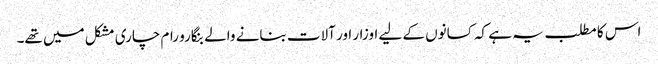
اس کا مطلب یہ ہے کہ کسانوں کے لیے اوزار اور آلات بنانے والے بنگارو رام چاری مشکل میں تھے۔